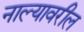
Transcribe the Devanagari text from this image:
नाल्यावरील